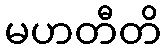
မဟတီတိ